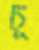
চূ